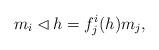
LaTeX: \begin{align*}m_i\lhd h=f^{i}_j(h)m_j,\end{align*}